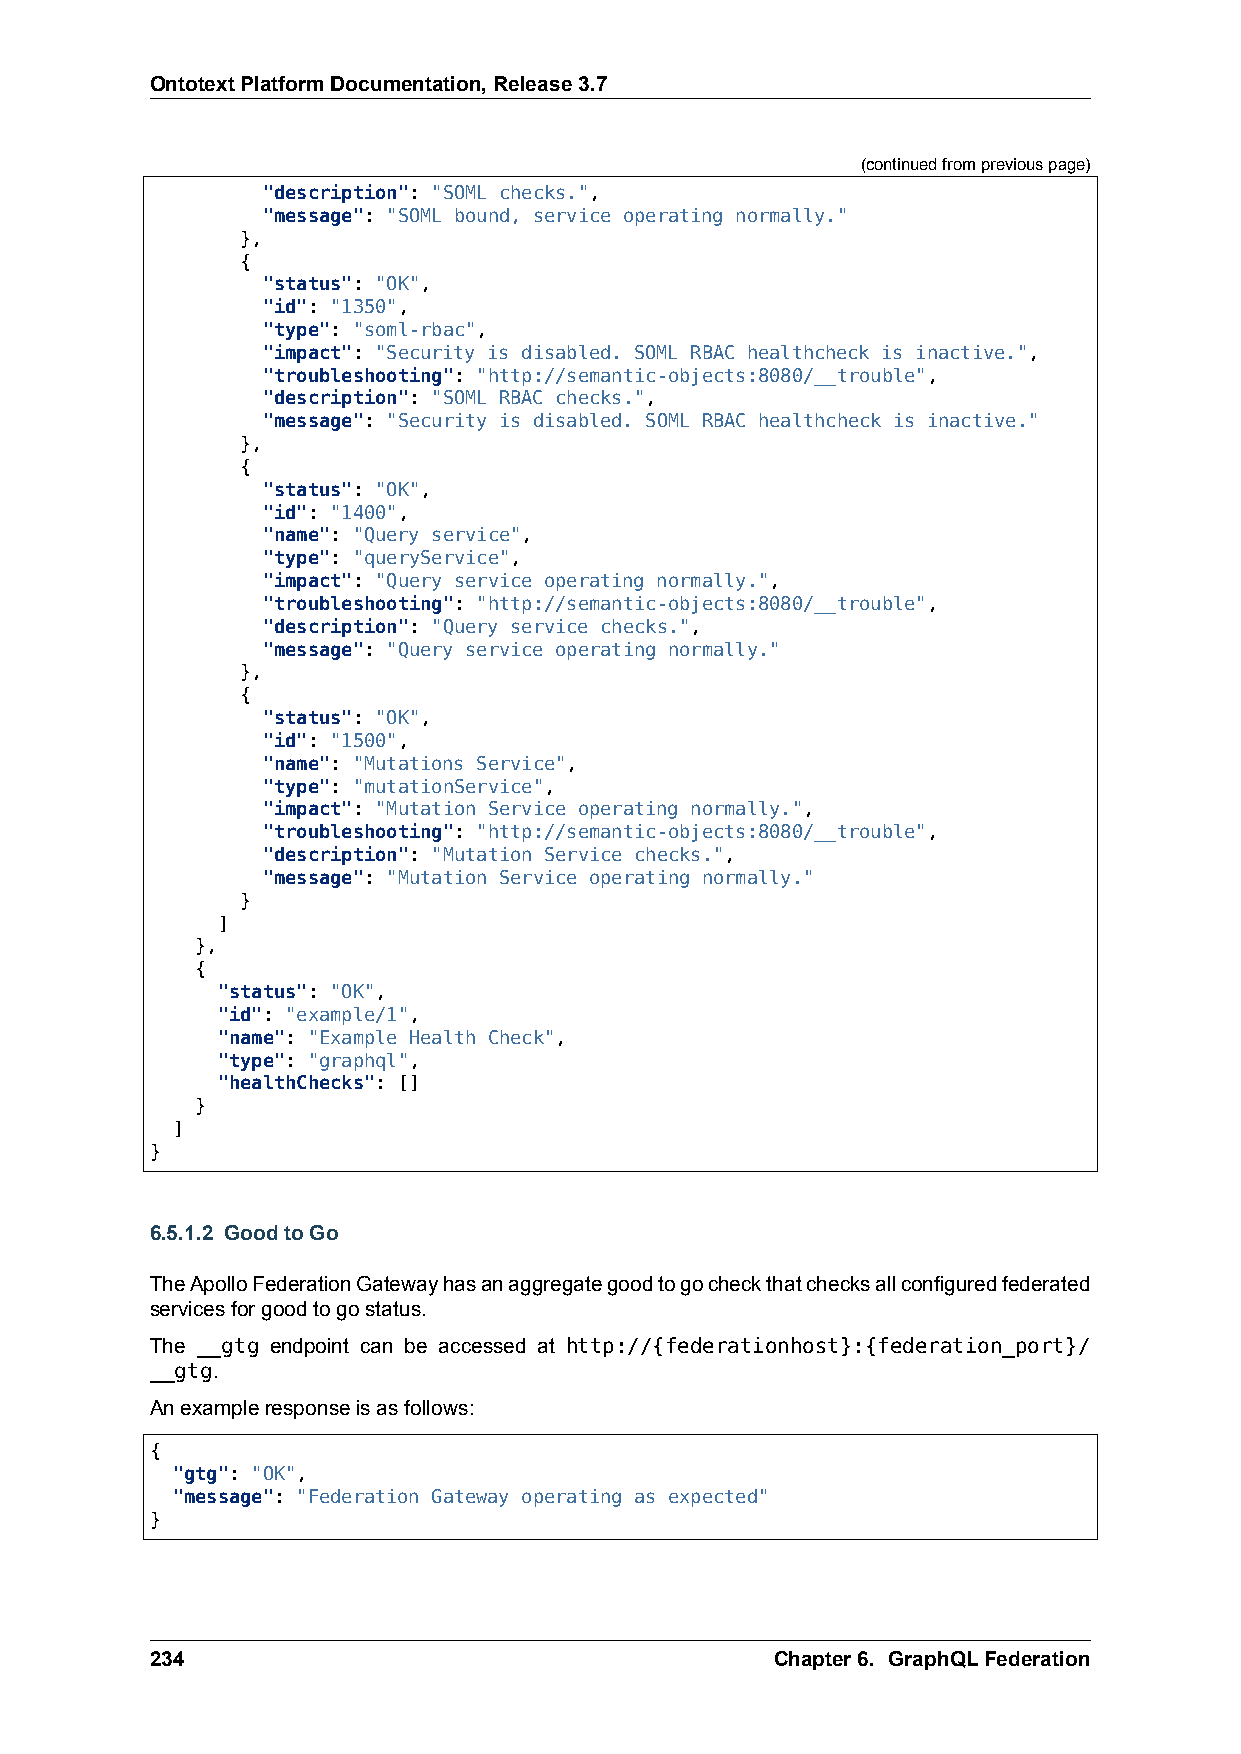
OntotextPlatformDocumentation,Release3.7
 (continuedfrompreviouspage)
 "description": "SOML checks.",
 "message": "SOML bound, service operating normally."
 },
 {
 "status": "OK",
 "id": "1350",
 "type": "soml-rbac",
 "impact": "Security is disabled. SOML RBAC healthcheck is inactive.",
 "troubleshooting": "http://semantic-objects:8080/__trouble",
 "description": "SOML RBAC checks.",
 "message": "Security is disabled. SOML RBAC healthcheck is inactive."
 },
 {
 "status": "OK",
 "id": "1400",
 "name": "Query service",
 "type": "queryService",
 "impact": "Query service operating normally.",
 "troubleshooting": "http://semantic-objects:8080/__trouble",
 "description": "Query service checks.",
 "message": "Query service operating normally."
 },
 {
 "status": "OK",
 "id": "1500",
 "name": "Mutations Service",
 "type": "mutationService",
 "impact": "Mutation Service operating normally.",
 "troubleshooting": "http://semantic-objects:8080/__trouble",
 "description": "Mutation Service checks.",
 "message": "Mutation Service operating normally."
 }
 ]
 },
 {
 "status": "OK",
 "id": "example/1",
 "name": "Example Health Check",
 "type": "graphql",
 "healthChecks": []
 }
 ]
 }
 6.5.1.2 GoodtoGo
 TheApolloFederationGatewayhasanaggregategoodtogocheckthatchecksallconfiguredfederated
 servicesforgoodtogostatus.
 The __gtg endpoint can be accessed at http://{federationhost}:{federation_port}/
 __gtg.
 Anexampleresponseisasfollows:
 {
 "gtg": "OK",
 "message": "Federation Gateway operating as expected"
 }
 234                                      Chapter6. GraphQLFederation